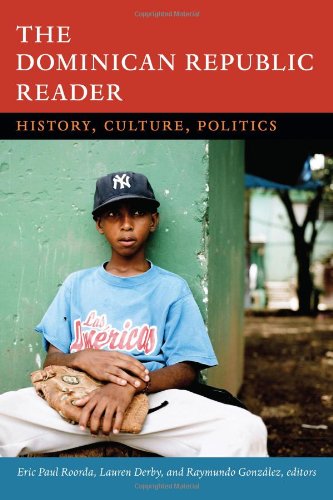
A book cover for The Dominican Republic Reader: History, Culture, Politics (The Latin America Readers); Travel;